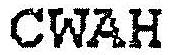
CWAH